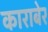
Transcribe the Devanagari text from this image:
काराबेर